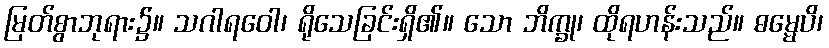
မြတ်စွာဘုရား၌။ သဂါရဝေါ၊ ရိုသေခြင်းရှိ၏။ သော ဘိက္ခု၊ ထိုရဟန်းသည်။ ဓမ္မေပိ၊